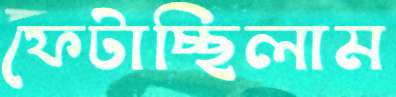
ফেটাচ্ছিলাম